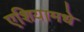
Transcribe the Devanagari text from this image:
एशियामधे